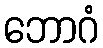
ဘောဂံ